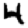
Digit: 4